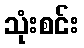
သုံးစင်း